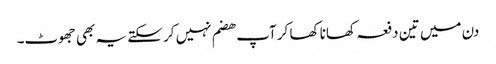
دن میں تین دفعہ کھانا کھا کر آپ ھضم نہیں کر سکتے یہ بھی جھوٹ۔